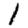
Digit: 1